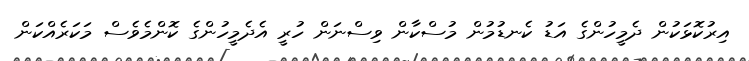
އިރުކޮޅަކުން ދެމީހުންގެ އަޑު ކެނޑުމުން މުސްކާން ވިސްނަން ހުރީ އެދެމީހުންގެ ކޮންމެވެސް މަކަރެއްކަން